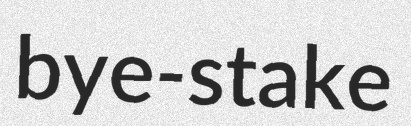
bye-stake